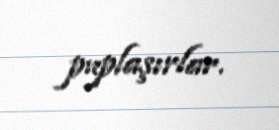
puplaşırlar.